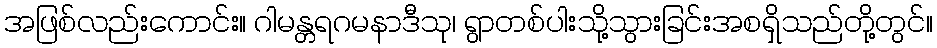
အဖြစ်လည်းကောင်း။ ဂါမန္တရဂမနာဒီသု၊ ရွာတစ်ပါးသို့သွားခြင်းအစရှိသည်တို့တွင်။